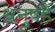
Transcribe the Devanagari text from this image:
धनुषहै